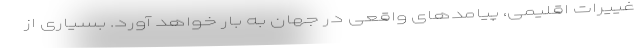
غییرات اقلیمی، پیامدهای واقعی در جهان به بار خواهد آورد. بسیاری از